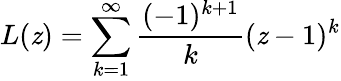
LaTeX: L(\mathit{z})=\sum_{k=1}^{\infty}{\frac{{(-1)^{k+1}}}{{k}}}(\mathit{z}-1)^{k}